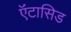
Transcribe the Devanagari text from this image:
ऍंटासिड